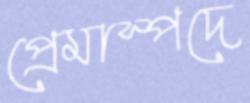
প্রেমাস্পদে